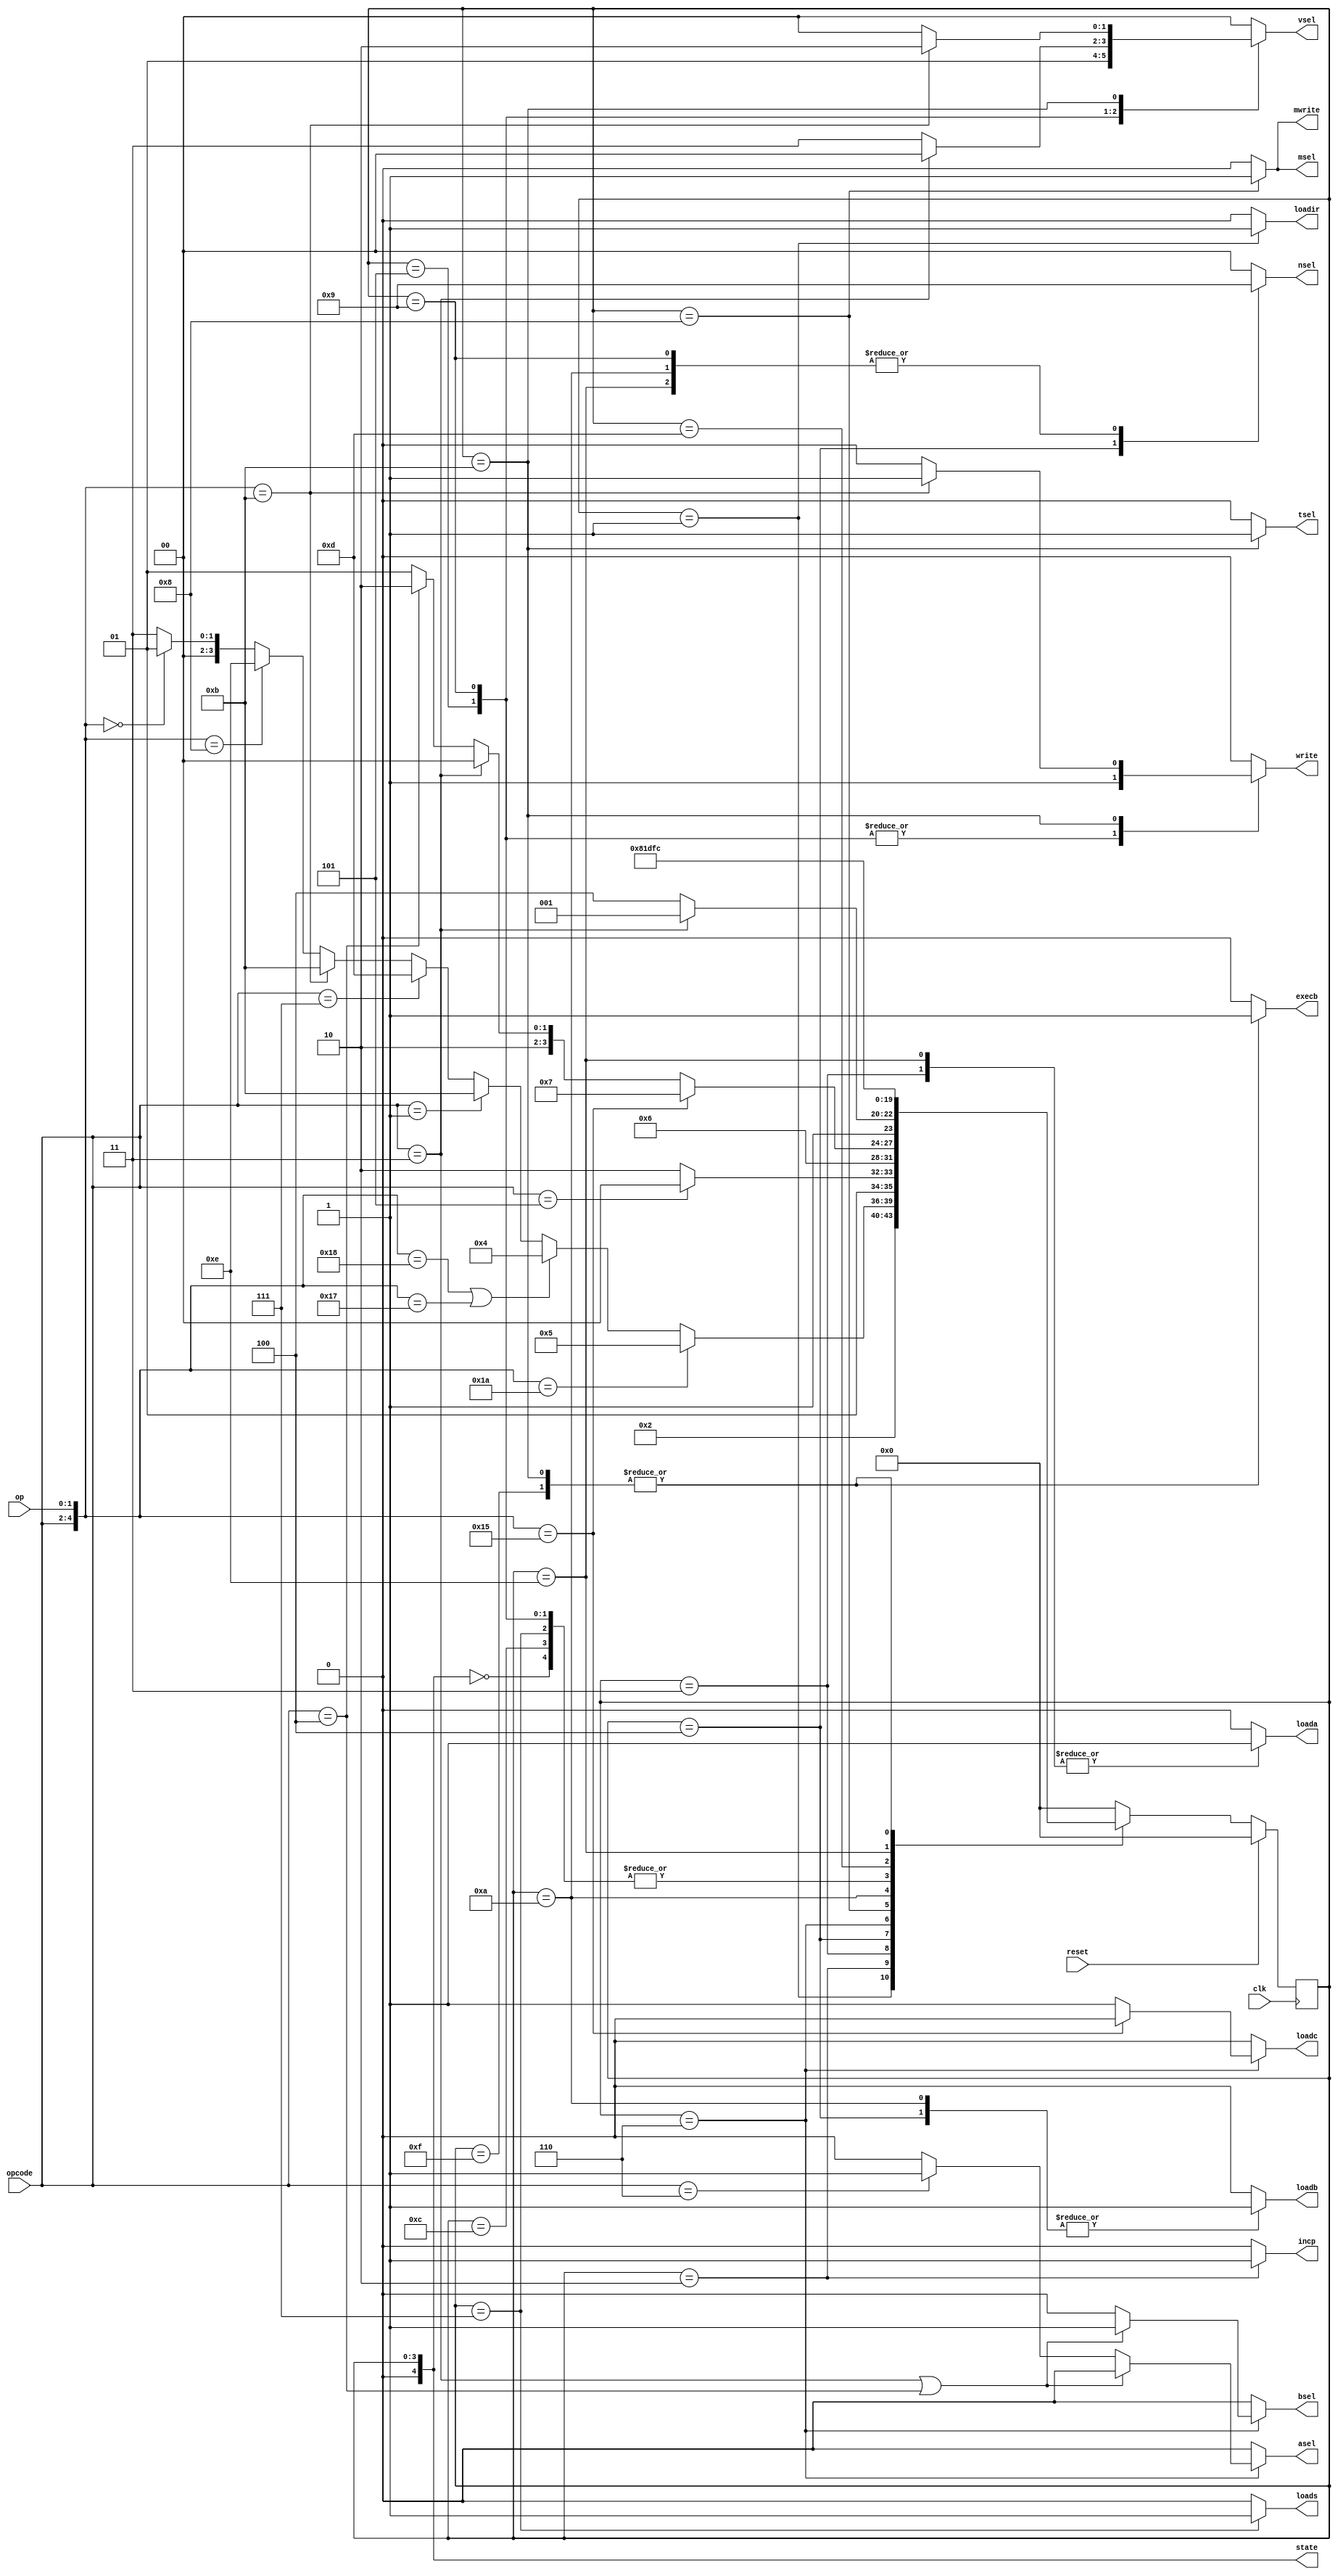
// datapath controller
module cpu(
  // data input
  opcode, op,

  // logic input
  reset, clk,

  // output
  loadir, msel, mwrite, nsel,

  // TBD output
  vsel, write, asel, bsel, loada, loadb, loadc, loads,

  // lab 7
  tsel, incp, execb,

  // for debugging
  state
  );

  input [2:0] opcode;
  input [1:0] op;
  input reset, clk;

  output reg [1:0] nsel;
  output reg loadir, msel, mwrite;

  output reg [1:0] vsel;
  output reg write, asel, bsel, loada, loadb, loadc, loads;
  output reg tsel, incp, execb;

  reg [4:0] next_state = 0;
  output [4:0] state;
  assign state = next_state;

  // state definitions
  `define REST 5'd0
  `define LDIR 5'd1
  `define LDPC 5'd2
  `define RDRN 5'd3
  `define RDRM 5'd4
  `define WRRN 5'd5
  `define CALC 5'd6
  `define STAT 5'd7
  `define WMEM 5'd8
  `define WRRD 5'd9
  `define RDRD 5'd10

  // lab 7 new states
  `define EXBR 5'd11
  `define WAIT 5'd12
  `define HALT 5'd13

  // lab 7 bonus 1 states
  `define BXRD 5'd14
  `define BXPC 5'd15

  always @(posedge clk) begin
    // reset if key0 is pressed
    if (reset) next_state = `REST;
    else begin
      case (state)
        // [0] reset state, pc = 0
        `REST: next_state = `LDIR;

        // [1] load IR
        `LDIR: next_state = `LDPC;

        // [2] update pc
        `LDPC: begin
          if ({opcode, op} == 5'b110_10) next_state = `WRRN; // to state 5 (write rn)
          else if (({opcode, op} == 5'b110_00) || ({opcode, op} == 5'b101_11))
            next_state = `RDRM; // to state 4 (read rm)
          else if (opcode == 3'b001) next_state = `EXBR; // to state 11 (branch 1)
          else if (opcode == 3'b111) next_state = `HALT; // to state 13 (stops the machine)
          else if ({opcode, op} == 5'b01011) next_state = `EXBR;  // to state 11 (branch PC)
          else if ({opcode, op} == 5'b01000) next_state = `BXRD;  // retrieve PC from Rd (R7)
          else if ({opcode, op} == 5'b00000) next_state = `LDIR; // don't go anywhere
          else next_state = `RDRN; // to state 3 (read rn)
          end

        // [3] read rn
        `RDRN: begin
          if (opcode == 3'b101) next_state = `RDRM; // to state 4 (read rm)
          else next_state = `CALC; // to state 6 (ALU)
          end

        // [4] read rm
        `RDRM: next_state = `CALC;

        // [5] write rn
        `WRRN: next_state = `LDIR;

        // [6] ALU
        `CALC: begin
          if ({opcode, op} == 5'b101_01) next_state = `STAT; // CMP to state 7 (status register)
          else if (opcode == 3'b011) next_state = `WMEM; // LDR to state 8 (write to memory)
          else if (opcode == 3'b100) next_state = `RDRD; // STR to state 10 (read rd)
          else if (opcode == 3'b110) next_state = `WRRD; // MOV2
          else next_state = `WRRD; // ADD AND MVN
          end

        // [7] Status Reg
        `STAT:  next_state = `LDIR;

        // [8] Memory
        `WMEM: begin
          if (opcode == 3'b011) next_state = `WRRD; // LDR
          else next_state = `WAIT; // STR
          end

        // [9] Write to Rd
        `WRRD: next_state = `LDIR;

        // [10] read rd
        `RDRD: next_state = `WMEM;

        // [11] branch 1
        `EXBR: next_state = `WAIT;

        // [12] branch 2
        `WAIT: next_state = `LDIR;

        // [13] stop
        `HALT: next_state = `HALT;

        // [14] load R7 to RA
        `BXRD: next_state = `BXPC;

        // [15] load RA to PC
        `BXPC: next_state = `WAIT;

        default: next_state = `REST;
      endcase
    end
  end

  always @(*) begin
    // set everything to 0 first
    {loadir, msel, mwrite, nsel} = 6'b0;
    {vsel, write, asel, bsel, loada, loadb, loadc, loads} = 9'b0;
    {tsel, incp, execb} = 3'b000;

    // case for assigning outputs depending on the state
    case (state)
      `LDIR: loadir = 1;
      `LDPC: incp = 1;
      `RDRN: begin
        nsel  = 2'b00;
        loada = 1;
        end
      `RDRM: begin
        nsel  = 2'b10;
        loadb = 1;
        end
      `WRRN: begin
        nsel  = 2'b00;
        vsel  = 2'b01;
        write = 1;
        end
      `CALC: begin
        loadc = ({opcode, op} == 5'b10101) ? 0 : 1;
        // loadc = 1;
        if (opcode == 3'b011 || opcode == 3'b100) // LDR STR
          bsel = 1;
        else if (opcode == 3'b110)
          asel = 1;
        end
      `STAT: loads = 1;
      `WMEM: begin
        msel   = 1;
        mwrite = 1;
        end
      `WRRD: begin
        nsel  = 2'b01;
        write = 1;
        if (opcode == 3'b011) vsel = 2'b00; // LDR
        else vsel = 2'b11;// ADD AND CMP MOV2
        end
      `RDRD: begin
        nsel  = 2'b01;
        loadb = 1;
        end
      `EXBR: begin
        // save PC to register
        if ({opcode, op} == 5'b01011) begin
          nsel = 2'b00;
          vsel = 2'b10;
          write = 1;
          end
        execb = 1;
        tsel = 1;
        incp = 0;
        end
      `WAIT: begin // wait for ram
        incp = 0;
        end
      `BXRD: begin // put R7 to RA
        nsel = 2'b01;
        loada = 1;
        end
      `BXPC: begin // put RA to PC
        tsel = 0;
        incp = 0;
        execb = 1;
        end
      default: begin
        // set everything to 0 first
        {loadir, msel, mwrite, nsel} = 6'b0;
        {vsel, write, asel, bsel, loada, loadb, loadc, loads} = 9'b0;
        {tsel, incp, execb} = 3'b000;
        end
    endcase
  end
endmodule